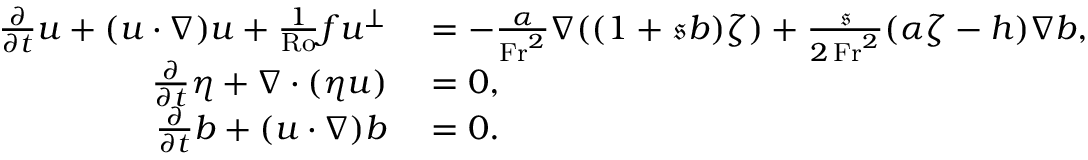
\begin{array} { r l } { \frac { \partial } { \partial t } \boldsymbol { u } + ( \boldsymbol { u } \cdot \nabla ) \boldsymbol { u } + \frac { 1 } { \mathrm { R o } } f \boldsymbol { u } ^ { \perp } } & { { } = - \frac { \alpha } { \mathrm { F r } ^ { 2 } } \nabla ( ( 1 + \mathfrak { s } b ) \zeta ) + \frac { \mathfrak { s } } { 2 \, \mathrm { F r } ^ { 2 } } ( \alpha \zeta - h ) \nabla b , } \\ { \frac { \partial } { \partial t } \eta + \nabla \cdot ( \eta \boldsymbol { u } ) } & { { } = 0 , } \\ { \frac { \partial } { \partial t } b + ( \boldsymbol { u } \cdot \nabla ) b } & { { } = 0 . } \end{array}